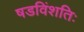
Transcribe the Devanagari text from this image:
षडविंशतिः